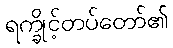
ရက္ခိုင့်တပ်တော်၏